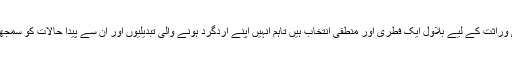
اگرچہ بھٹو کی سیاسی وراثت کے لیے بلاول ایک فطری اور منطقی انتخاب ہیں تاہم انہیں اپنے اردگرد ہونے والی تبدیلیوں اور ان سے پیدا حالات کو سمجھنے کی ضرورت ہے۔